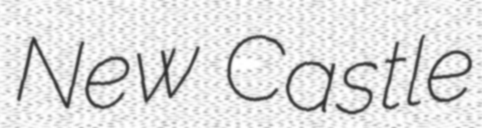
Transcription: New Castle